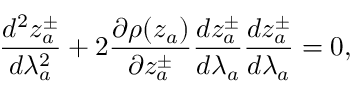
\frac { d ^ { 2 } z _ { a } ^ { \pm } } { d \lambda _ { a } ^ { 2 } } + 2 \frac { \partial \rho ( z _ { a } ) } { \partial z _ { a } ^ { \pm } } \frac { d z _ { a } ^ { \pm } } { d \lambda _ { a } } \frac { d z _ { a } ^ { \pm } } { d \lambda _ { a } } = 0 ,